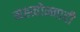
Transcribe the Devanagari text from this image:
मह्त्वोन्मादी